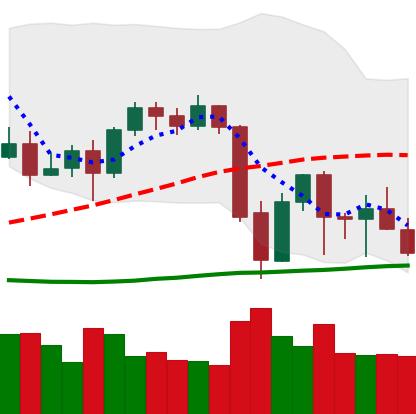
Ticker: BTC-USD
Chart end date: 2021-09-28
Forward return: 17.462%
Label: up_7plus